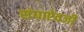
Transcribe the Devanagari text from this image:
संघाऐवजी